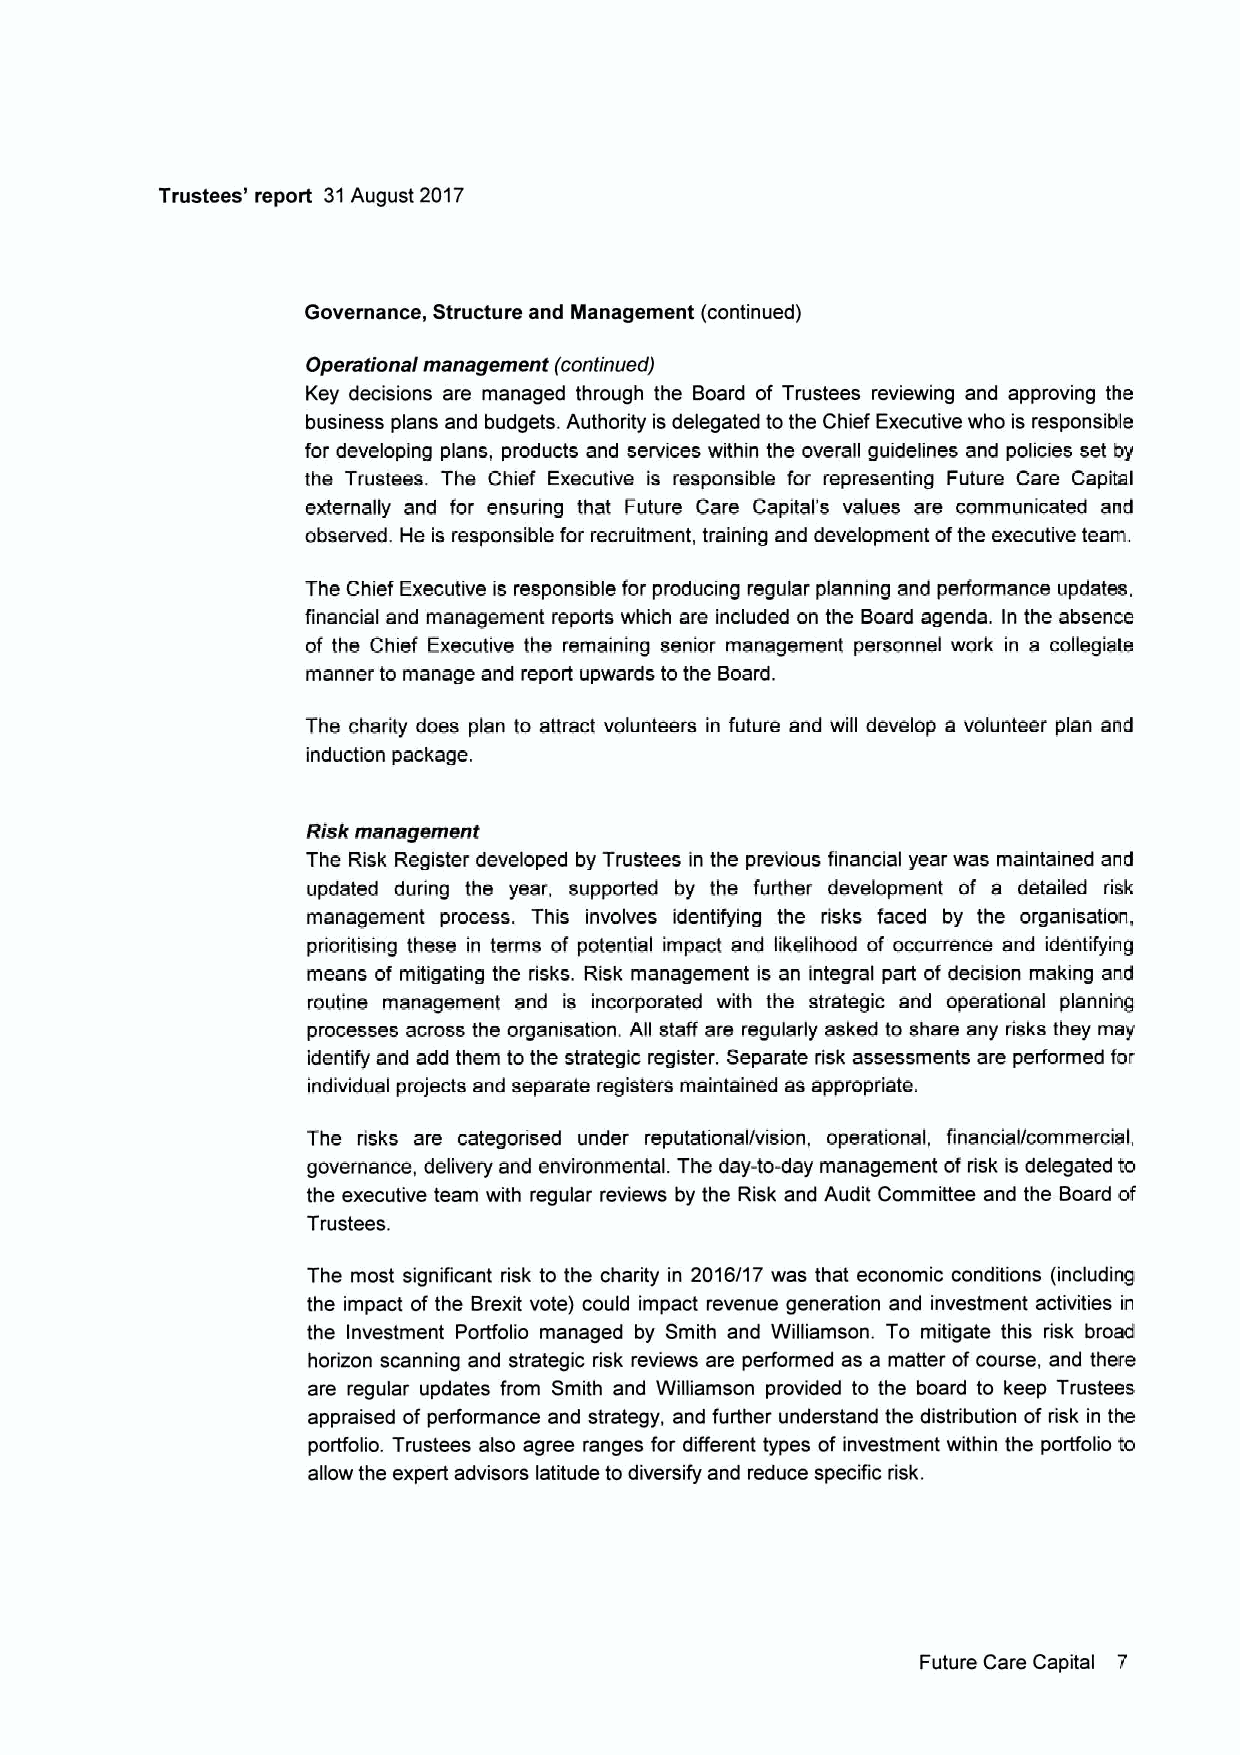
Trustees' report 31August 2017
 Governance, Structure snd Management (continued)
 Operational management (continued)
 Key decisions are managed through the Board of Trustees reviewing snd approving the
 business plans and budgets. Authority is delegated to the Chief Executive who is responsible
 for developing plans, products and services within the overall guidelines and policies set by
 the Trustees. The Chief Executive is responsible for representing Future Care Capital
 externally and for ensuring that Future Care Capital's values are communicated and
 observed. He is responsible for recruitment, training and development ofthe executive team.
 The Chief Executwe is responsible for producing regular planning and performance updates,
 financial and management reports which are included on the Board agenda. In the absence
 of the Chief Executive the remaining senior management personnel work in a collegiate
 manner to manage snd report upwards to the Board.
 The charity does plan to attract volunteers in future snd will develop a volunteer plan and
 induction package.
 Risk management
 The Risk Register developed by Trustees in the previous financial year wss maintained and
 updated during the year, supported by the further development of a detailed risk
 management process. This involves identifying the risks faced by the organisation,
 prioritising these in tenne of potential impact and likelihood of occurrence snd identifying
 means of mitigating the risks. Risk management is an integral part of decision making and
 routine management and is incorporated with the strategic snd operational planning
 processes across the organisation. All staff are regularly asked to share any risks they msy
 identify snd add them to the strategic register. Separate risk assessments are performed for
 individual projects snd separate registers maintained as appropriate.
 The risks are cstegorised under reputational/vision, operational, financial/commercial,
 governance, delivery and environmental. The day-to-dsy management ofrisk is delegated to
 the executive team with regular reviews by the Risk and Audit Committee snd the Board of
 Trustees.
 The most significant risk to the charity in 2016/17 wss that economic conditions (including
 the impact of the Brexit vote) could impact revenue generation and investment activities in
 the Investment Portfolio managed by Smith snd Williamson. To mitigate this risk broad
 horizon scanning and strategic risk reviews are performed as a matter ofcourse, and there
 sre regular updates from Smith and Williamson provided to the board to keep Trustees
 appraised ofperformance and strategy, and further understand the distribution of risk in the
 porffolio. Trustees also agree ranges for different types of investment within the porffolio to
 aflow the expert advisors latitude to diversify snd reduce speciTic risk.
 Future Care Capital 7